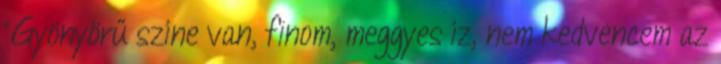
"Gyönyörű színe van, finom, meggyes íz, nem kedvencem az